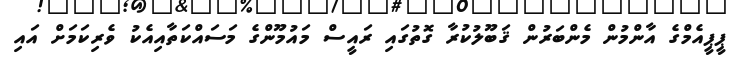
ޕީޕީއެމްގެ އާންމުން މެންބަރުން ޤަބޫލުކުރާ ގޮތުގައި ރައީސް މައުމޫންގެ މަސައްކަތާއިއެކު ވެރިކަމަށް އައި